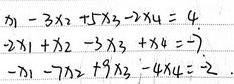
\[\begin{cases}x_1 - 3x_2 + 5x_3 - 2x_4 = 4 \\-2x_1 + x_2 - 3x_3 + x_4 = -7 \\-x_1 - 7x_2 + 9x_3 - 4x_4 = 2\end{cases}\]